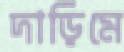
দাড়িমে